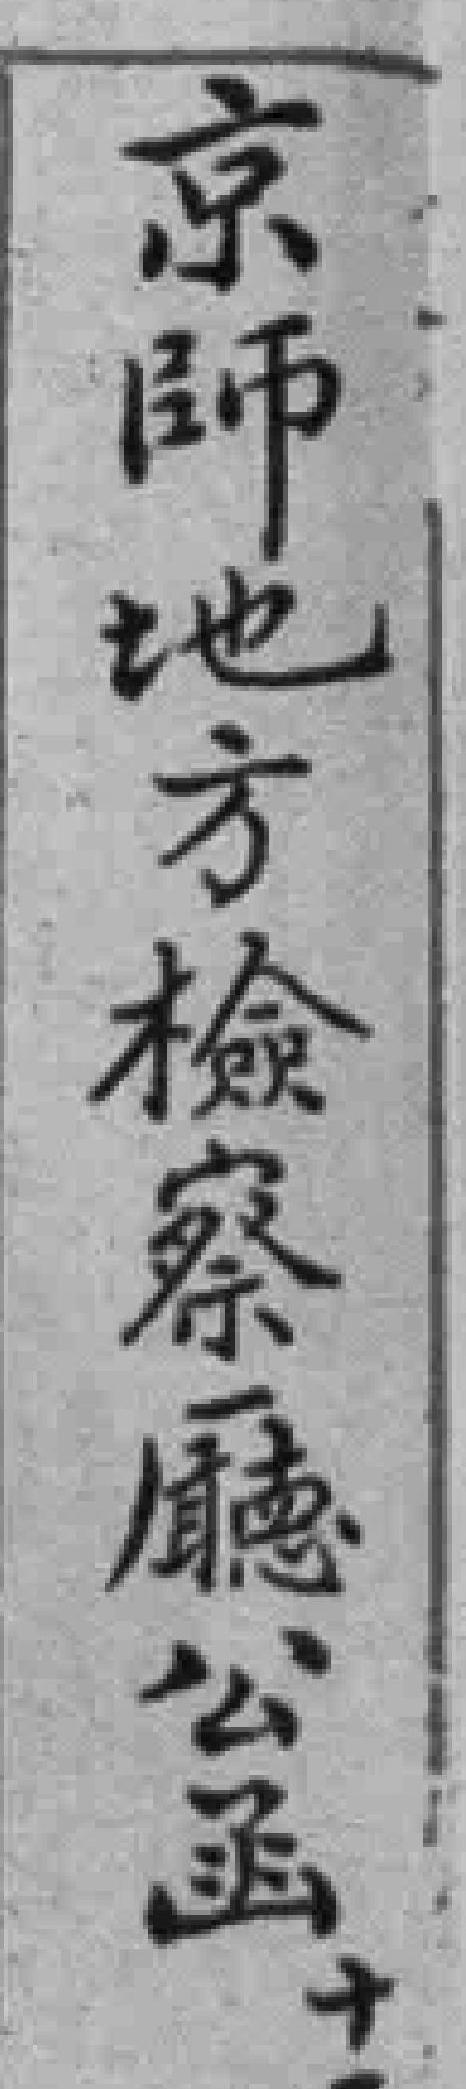
京師地方檢察廳公函